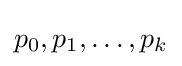
p_{0},p_{1},\dots ,p_{k}